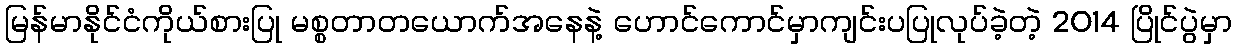
မြန်မာနိုင်ငံကိုယ်စားပြု မစ္စတာတယောက်အနေနဲ့ ဟောင်ကောင်မှာကျင်းပပြုလုပ်ခဲ့တဲ့ 2014 ပြိုင်ပွဲမှာ